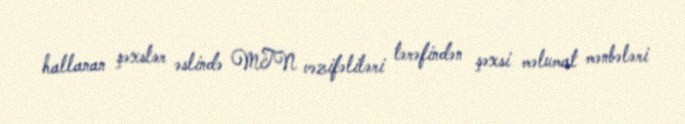
hallanan şəxslər əslində MTN vəzifəliləri tərəfindən şəxsi məlumat mənbələri